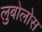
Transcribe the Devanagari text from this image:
लुबोलोस